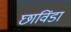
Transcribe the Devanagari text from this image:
छाविंडा